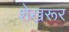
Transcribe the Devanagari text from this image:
शेखरूर